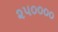
૨૫૦૦૦૦